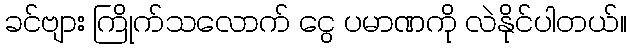
ခင်ဗျား ကြိုက်သလောက် ငွေ ပမာဏကို လဲနိုင်ပါတယ်။